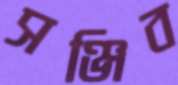
সঞ্জিব